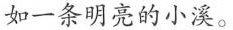
如一条明亮的小溪。